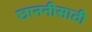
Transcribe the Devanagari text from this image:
छाननीसाठी